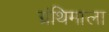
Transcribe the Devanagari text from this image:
ग्रंथिमाला